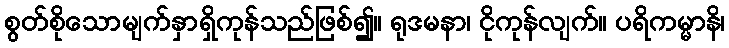
စွတ်စိုသောမျက်နှာရှိကုန်သည်ဖြစ်၍။ ရုဒမနာ၊ ငိုကုန်လျက်။ ပရိကမ္မာနိ၊